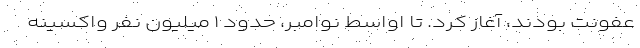
عفونت بودند، آغاز کرد. تا اواسط نوامبر، حدود ۱ میلیون نفر واکسینه